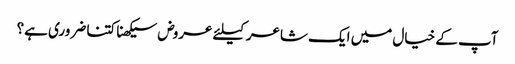
آپ کے خیال میں ایک شاعر کیلئے عروض سیکھنا کتنا ضروری ہے؟